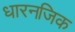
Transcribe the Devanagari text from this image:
धारनजिक